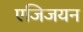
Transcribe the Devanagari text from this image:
एजिजयन